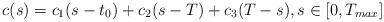
LaTeX: \begin{align*}c(s)=c_1(s-t_0)+c_2(s-T)+c_3(T-s),s\in [0,T_{max}]\end{align*}